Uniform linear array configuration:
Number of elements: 12
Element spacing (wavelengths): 0.5
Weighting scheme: binomial
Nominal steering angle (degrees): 15
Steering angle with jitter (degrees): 14.703
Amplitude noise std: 0.05
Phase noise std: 0.05

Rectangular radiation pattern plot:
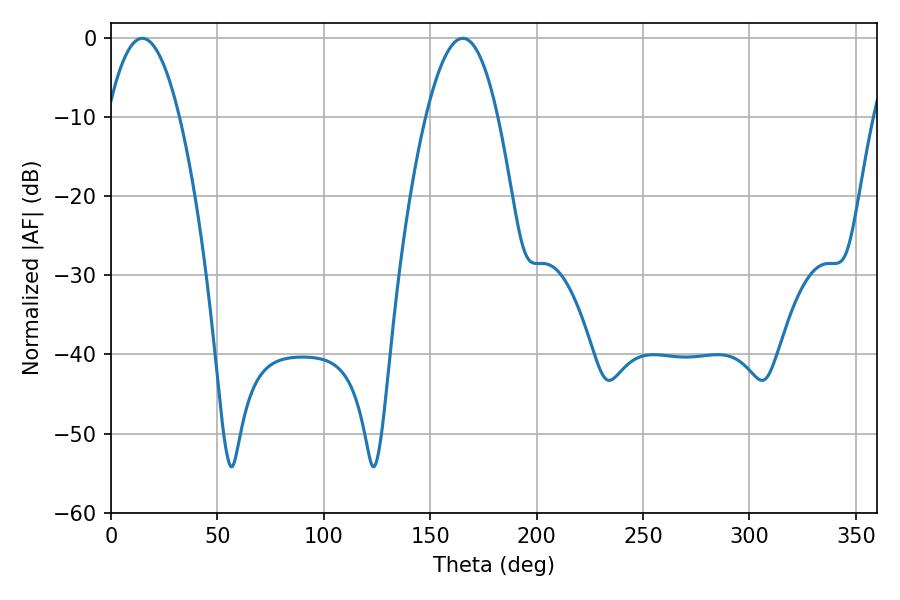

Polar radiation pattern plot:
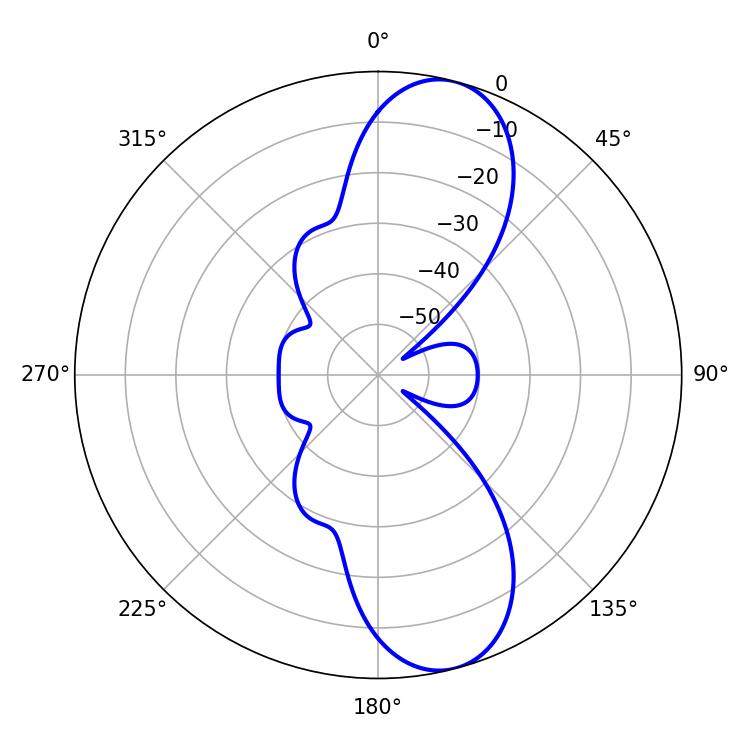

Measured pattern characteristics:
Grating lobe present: FALSE
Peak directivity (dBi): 10.516
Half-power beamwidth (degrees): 18.54
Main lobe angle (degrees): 14.76